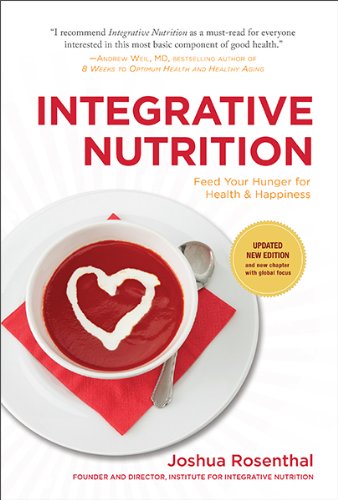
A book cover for Integrative Nutrition (Third Edition): Feed Your Hunger for Health and Happiness; Joshua Rosenthal; Health, Fitness & Dieting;